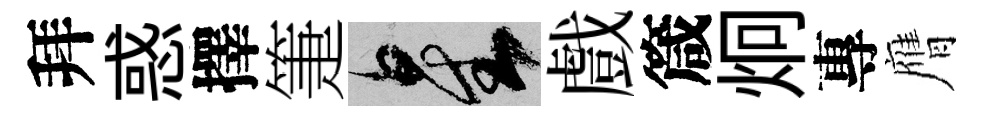
拜惑擇箑星戲箴炯專膺